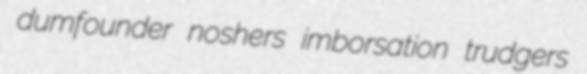
dumfounder noshers imborsation trudgers